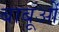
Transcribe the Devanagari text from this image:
बाबूओं